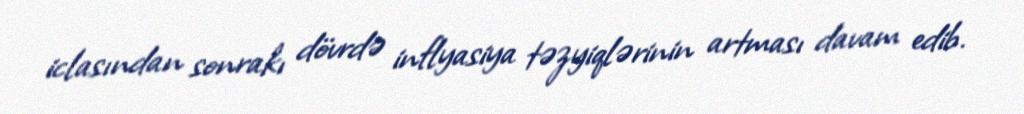
iclasından sonrakı dövrdə inflyasiya təzyiqlərinin artması davam edib.